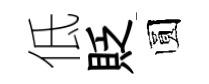
低貶圆